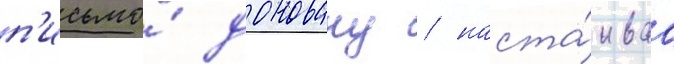
п'исьмо́ доновану / наста́иваа